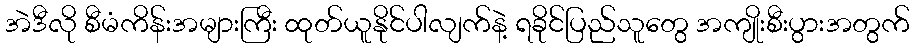
အဲဒီလို စီမံကိန်းအများကြီး ထုတ်ယူနိုင်ပါလျက်နဲ့ ရခိုင်ပြည်သူတွေ အကျိုးစီးပွားအတွက်